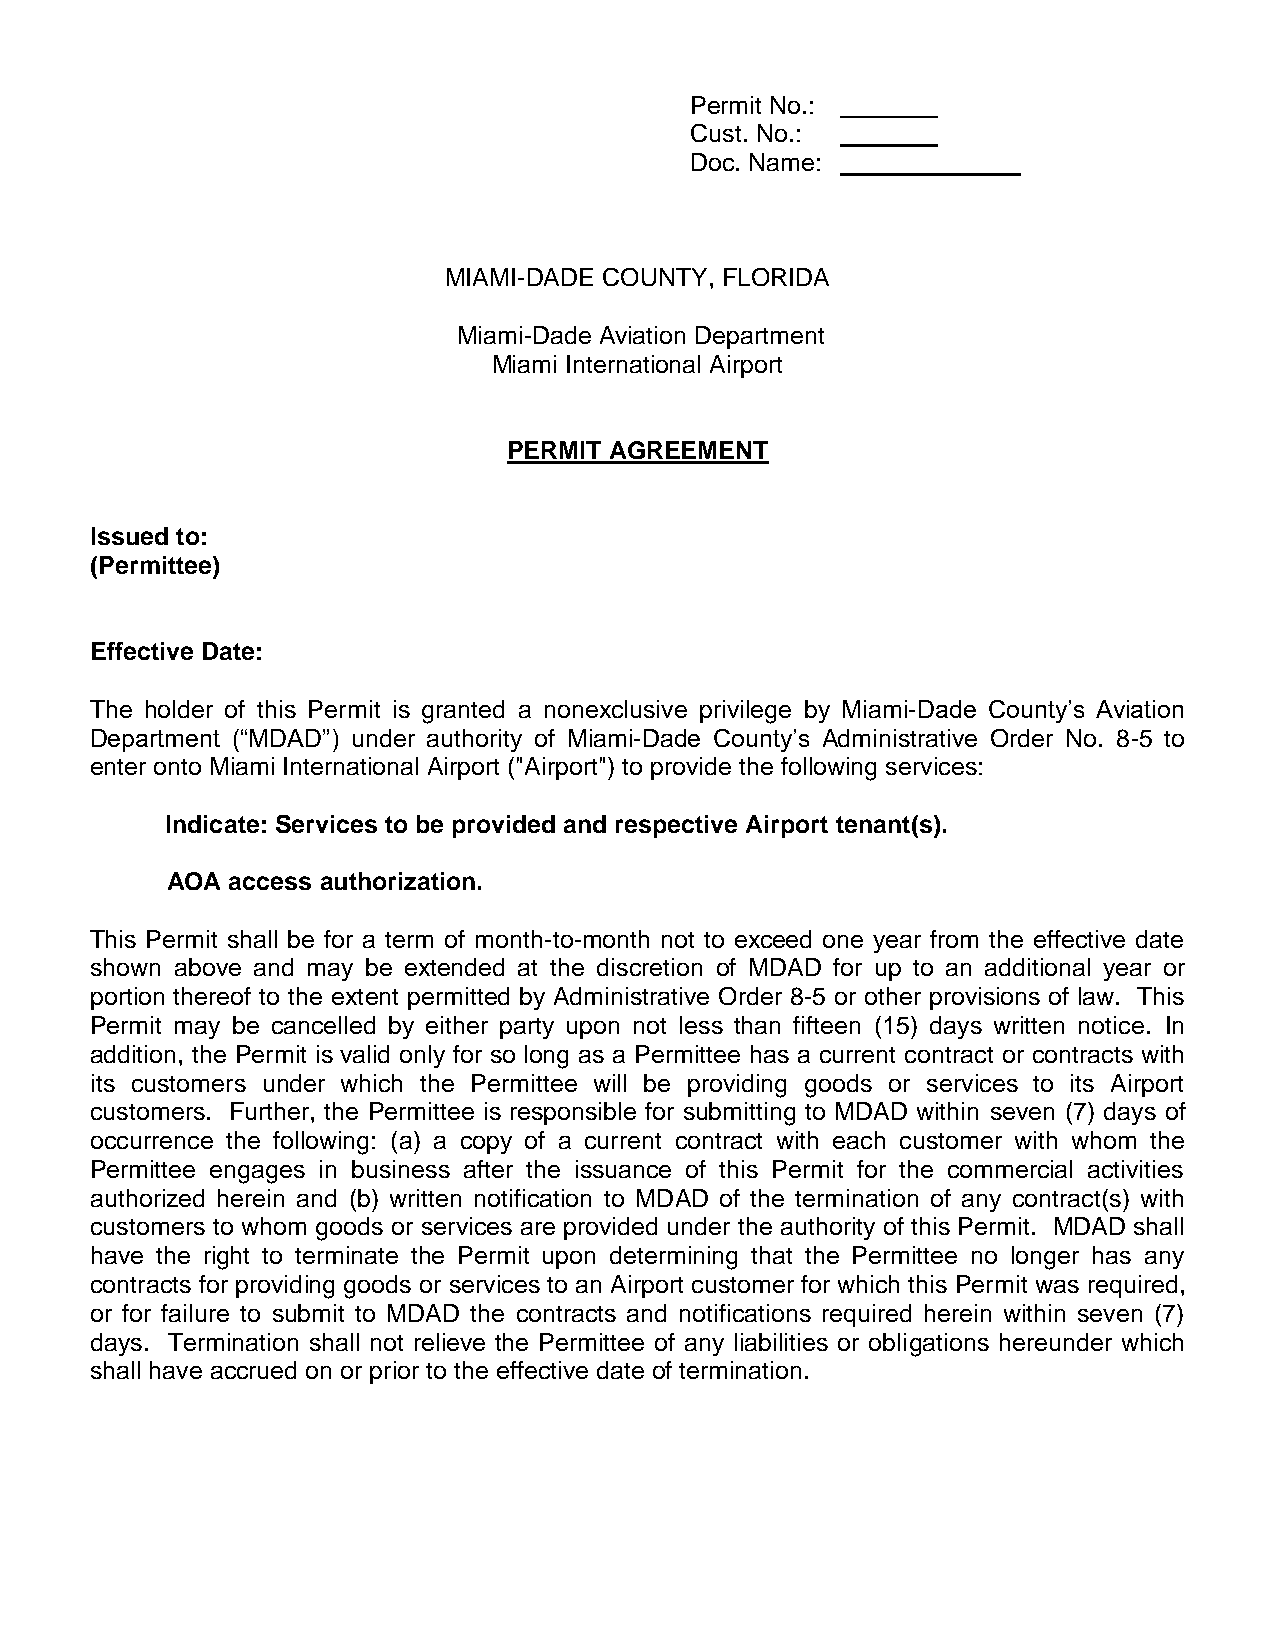
Permit No.: _______
 Cust. No.: _______
 Doc. Name: _____________
 MIAMI-DADE COUNTY, FLORIDA
 Miami-Dade Aviation Department
 Miami International Airport
 PERMIT AGREEMENT
 Issued to:
 (Permittee)
 Effective Date:
 The holder of this Permit is granted a nonexclusive privilege by Miami-Dade County’s Aviation
 Department (“MDAD”) under authority of Miami-Dade County’s Administrative Order No. 8-5 to
 enter onto Miami International Airport ("Airport") to provide the following services:
 Indicate: Services to be provided and respective Airport tenant(s).
 AOA access authorization.
 This Permit shall be for a term of month-to-month not to exceed one year from the effective date
 shown above and may be extended at the discretion of MDAD for up to an additional year or
 portion thereof to the extent permitted by Administrative Order 8-5 or other provisions of law. This
 Permit may be cancelled by either party upon not less than fifteen (15) days written notice. In
 addition, the Permit is valid only for so long as a Permittee has a current contract or contracts with
 its customers under which the Permittee will be providing goods or services to its Airport
 customers. Further, the Permittee is responsible for submitting to MDAD within seven (7) days of
 occurrence the following: (a) a copy of a current contract with each customer with whom the
 Permittee engages in business after the issuance of this Permit for the commercial activities
 authorized herein and (b) written notification to MDAD of the termination of any contract(s) with
 customers to whom goods or services are provided under the authority of this Permit. MDAD shall
 have the right to terminate the Permit upon determining that the Permittee no longer has any
 contracts for providing goods or services to an Airport customer for which this Permit was required,
 or for failure to submit to MDAD the contracts and notifications required herein within seven (7)
 days. Termination shall not relieve the Permittee of any liabilities or obligations hereunder which
 shall have accrued on or prior to the effective date of termination.